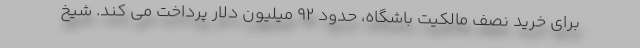
برای خرید نصف مالکیت باشگاه، حدود 92 میلیون دلار پرداخت می کند. شیخ